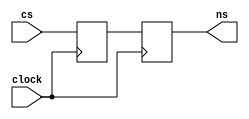
module f10_FlipFlop(clock, cs, ns);
input clock;
input cs;
output reg ns;
reg temp;
always @(posedge clock)
begin
    temp <= cs;
	ns <= temp;
end	
endmodule